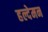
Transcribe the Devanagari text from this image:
हल्देमन